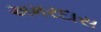
અમરદાસ